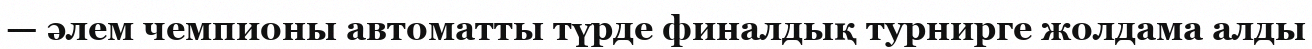
— әлем чемпионы автоматты түрде финалдық турнирге жолдама алды